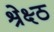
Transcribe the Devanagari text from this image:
श्रेक्ष्ठ